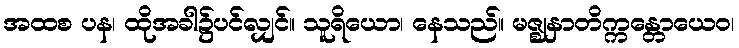
အထစ ပန၊ ထိုအခါ၌ပင်လျှင်။ သူရိယော၊ နေသည်။ မဇ္ဈနှာတိက္ကန္တောယေဝ၊